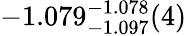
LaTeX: -1.079_{-1.097}^{-1.078}(4)